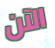
الآن